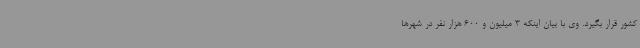
کشور قرار بگیرد. وی با بیان اینکه 3 میلیون و 600 هزار نفر در شهرها